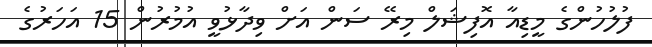
ފުލުހުންގެ މީޑިއާ އޮފިޝަލް މިރޭ ސަން އަށް ވިދާޅުވީ އުމުރުން 15 އަހަރުގެ